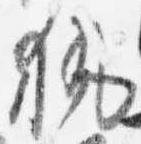
執